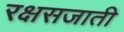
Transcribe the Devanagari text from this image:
रक्षसजाती